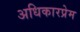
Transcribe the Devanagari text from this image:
अधिकारप्रेम